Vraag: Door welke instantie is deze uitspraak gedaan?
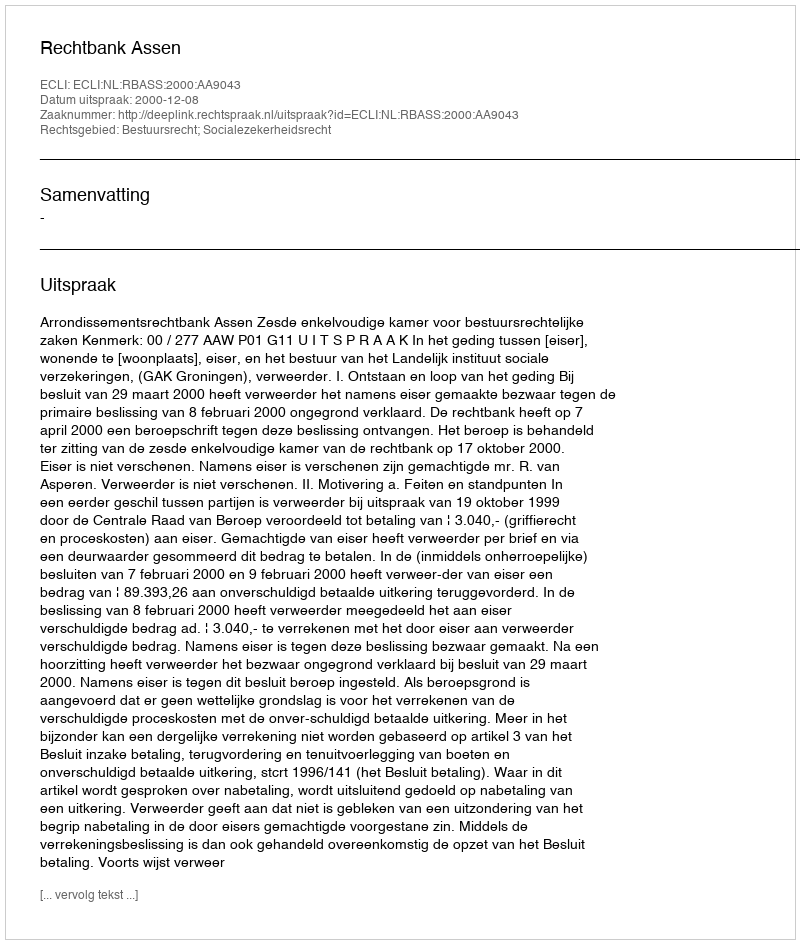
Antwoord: Rechtbank Assen